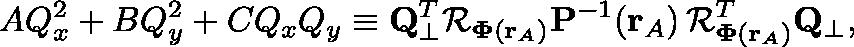
\mathfrak { A } Q _ { x } ^ { 2 } + \mathfrak { B } Q _ { y } ^ { 2 } + \mathfrak { C } Q _ { x } Q _ { y } \equiv \mathbf { Q } _ { \perp } ^ { T } \mathcal { R } _ { \mathbf { \Phi } ( \mathbf { r } _ { A } ) } \mathbf { P } ^ { - 1 } ( \mathbf { r } _ { A } ) \, \mathcal { R } _ { \mathbf { \Phi } ( \mathbf { r } _ { A } ) } ^ { T } \mathbf { Q } _ { \perp } ,